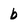
Character: b